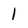
Character: 1